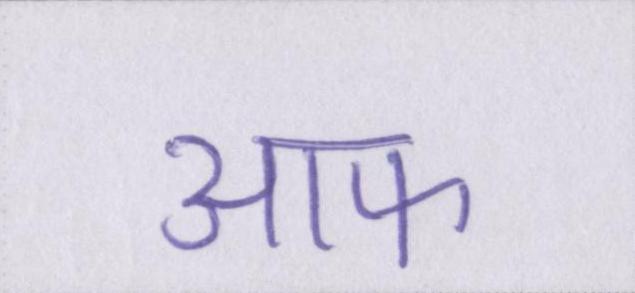
आफ